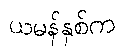
ယမန်နှစ်က